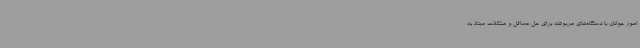
امور جوانان با دستگاه‌های مربوطه برای حل مسائل و مشکلات مبتلا به